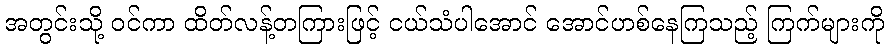
အတွင်းသို့ ဝင်ကာ ထိတ်လန့်တကြားဖြင့် ငယ်သံပါအောင် အောင်ဟစ်နေကြသည့် ကြက်များကို